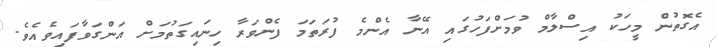
އެގޮތުން މީހަކު އިސްލާމް ވުމަށްފަހުގައި އޭނާ އެންމެ ފުރަތަމަ ފެންވަރާ ހިނައިގަތުމަށް އަންގަވާފައިވެއެވެ.